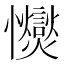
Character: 𢥥